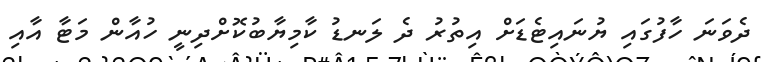
ދެވަނަ ހާފުގައި ޔުނަައިޓެޑަށް އިތުުރު ދެ ލަނޑު ކާމިޔާބުކޮށްދިނީ ހުއާން މަޓާ އާއި